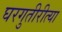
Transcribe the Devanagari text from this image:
घरगुतीरीत्या